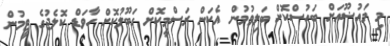
މި މައުޟޫއަށް ބަހުސްކޮށް ބަލިވުމުން އެކަން ރަސްމީކޮށް ގަބޫލުކޮށް ހާވަޑް ކޮލެޖުގެ ޓީމުން